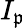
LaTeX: I_{\mathfrak{p}}